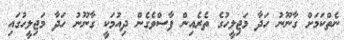
ނެތްކަމަށް ގާނޫނު ހަދާ މަޖިލީހުގެ ތެރެއިން ފާސްވެގެން ދިއުމަކީ ގާނޫނު ހަދާ މަޖިލީހުގައި